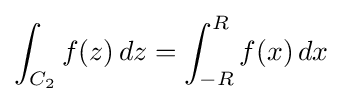
\int _{C_{2}}f(z)\,dz=\int _{-R}^{R}f(x)\,dx